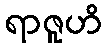
ရာဇူဟိ